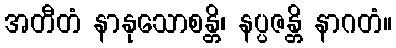
အတီတံ နာနုသောစန္တိ၊ နပ္ပဇန္တိ နာဂတံ။